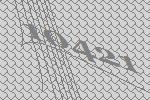
10421